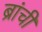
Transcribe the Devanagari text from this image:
ब्रांची